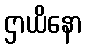
ဌာယိနော